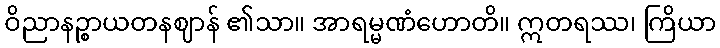
ဝိညာနဉ္စာယတနဈာန် ၏သာ။ အာရမ္မဏံဟောတိ။ ဣတရဿ၊ ကြိယာ